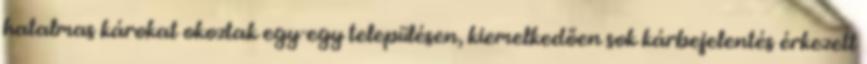
hatalmas károkat okoztak egy-egy településen, kiemelkedően sok kárbejelentés érkezett